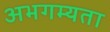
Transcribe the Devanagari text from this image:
अभगम्यता